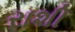
રાશી